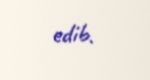
edib.